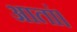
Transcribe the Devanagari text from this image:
आतां।